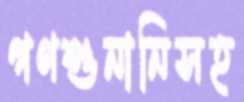
গণশুনানিসহ